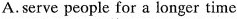
A.serve people for a longer time